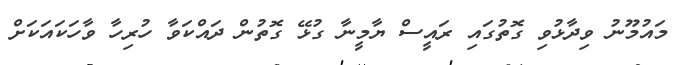
މައުމޫނު ވިދާޅުވި ގޮތުގައި ރައީސް ޔާމީނާ ގުޅޭ ގޮތުން ދައްކަވާ ހުރިހާ ވާހަކައަކަށް